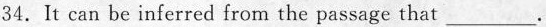
34.It can be inferred from the passage that ___